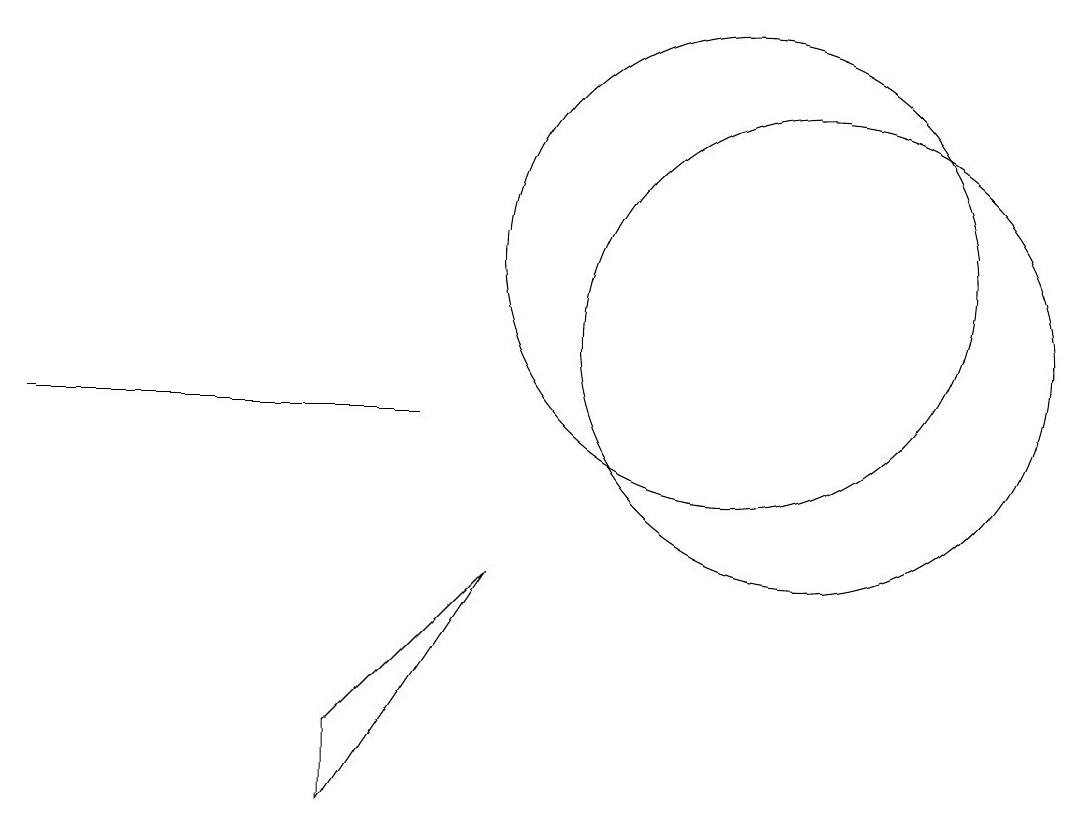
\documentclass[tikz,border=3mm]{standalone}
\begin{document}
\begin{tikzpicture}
\draw (7,10) rectangle (2,10);
\draw (11,12) circle (3);
\draw (12,11) circle (3);
\draw (6,6) -- (6,5) -- (8,8) -- cycle;
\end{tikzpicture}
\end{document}